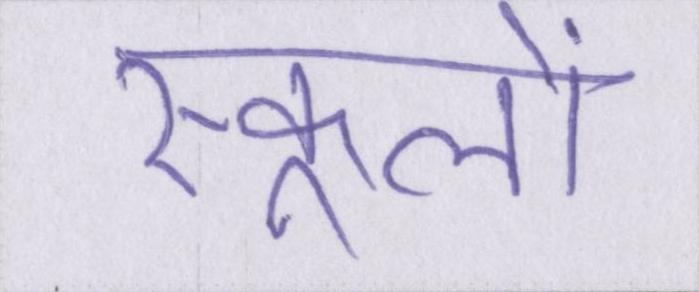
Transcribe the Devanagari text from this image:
स्कूलों